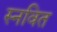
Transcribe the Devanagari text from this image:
स्नवित